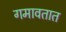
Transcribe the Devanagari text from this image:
गमावतात